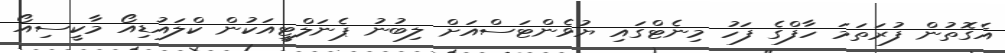
އެގޮތުން ފުރަތަމަ ހާފްގެ ފަހު މިނެޓްގައި ޔުވެންޓަސްއަށް ލިބުނު ޕެނަލްޓީއަކުން ކްލައުޑިއޯ މާކީސިއޯ